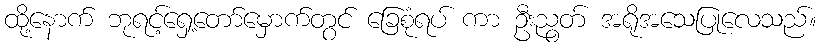
ထို့နောက် ဘုရင့်ရှေ့တော်မှောက်တွင် ခြေစုံရပ် ကာ ဦးညွတ် အရိုအသေပြုလေသည်။